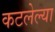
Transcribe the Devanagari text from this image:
कटलेल्या